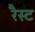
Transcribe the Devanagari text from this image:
रैस्ट